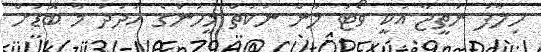
ހިލާފު ނަތީޖާ އަކީ ވޯޓު ލާން ނުކުތް މީހުންގެ އަދަދު މާ ބޮޑަށް